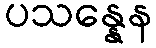
ပသန္နေန